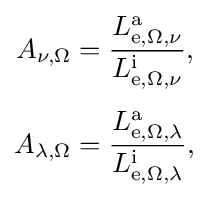
{\begin{aligned}A_{\nu ,\Omega }&={\frac {L\mathrm {_{e,\Omega ,\nu }^{a}} }{L\mathrm {_{e,\Omega ,\nu }^{i}} }},\\[4pt]A_{\lambda ,\Omega }&={\frac {L\mathrm {_{e,\Omega ,\lambda }^{a}} }{L\mathrm {_{e,\Omega ,\lambda }^{i}} }},\end{aligned}}